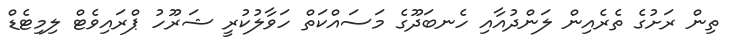
ތިން ރަށުގެ ތެރެއިން ލަންދުއާއި ހެނބަދޫގެ މަސައްކަތް ހަވާލުކުރީ ޝަރޫހު ޕްރައިވެޓް ލިމިޓެޑް